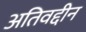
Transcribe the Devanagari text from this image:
अतिवद्दीन